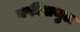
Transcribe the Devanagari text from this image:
नफीसथुल